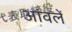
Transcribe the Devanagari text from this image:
आंवलें